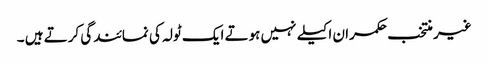
غیر منتخب حکمران اکیلے نہیں ہوتے ایک ٹولہ کی نمائندگی کرتے ہیں ۔